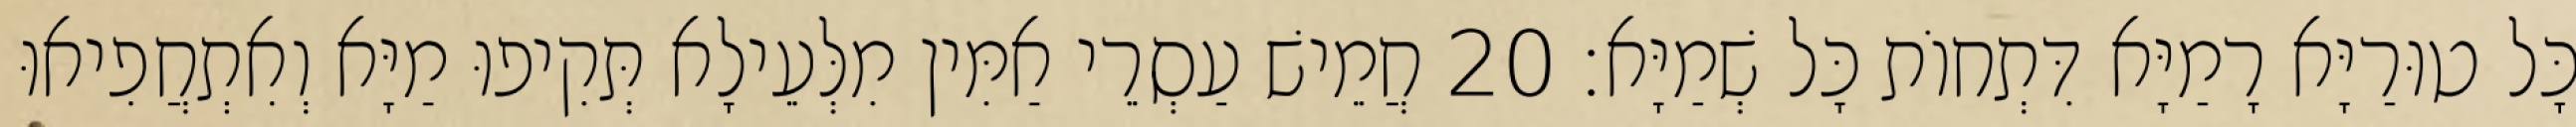
כָּל טוּרַיָּא רָמַיָּא דִּתְחוֹת כָּל שְׁמַיָּא׃ 20 חֲמֵישׁ עַסְרֵי אַמִּין מִלְּעֵילָא תְּקִיפוּ מַיָּא וְאִתְחֲפִיאוּ